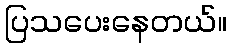
ပြသပေးနေတယ်။